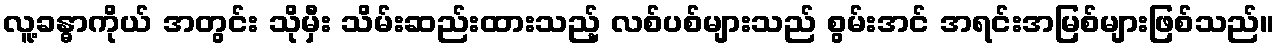
လူ့ခန္ဓာကိုယ် အတွင်း သိုမှီး သိမ်းဆည်းထားသည့် လစ်ပစ်များသည် စွမ်းအင် အရင်းအမြစ်များဖြစ်သည်။